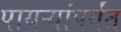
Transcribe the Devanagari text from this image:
पायऱ्यांपर्यंत